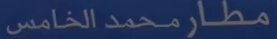
مطارمحمدالخامس